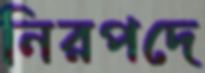
নিরপদে